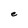
Character: e